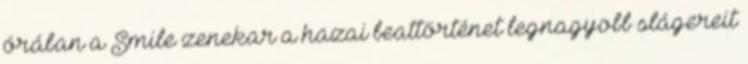
órában a Smile zenekar a hazai beattörténet legnagyobb slágereit